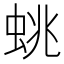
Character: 䖴